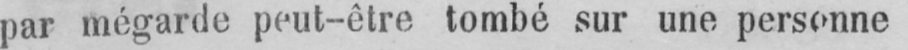
par mégarde peut-être tombé sur une personne